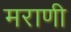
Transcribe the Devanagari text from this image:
मराणी